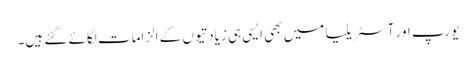
یورپ اور آسٹریلیا میں بھی ایسی ہی زیادتیوں کے الزامات لگائے گئے ہیں۔